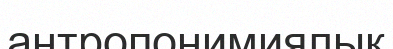
антропонимиялық